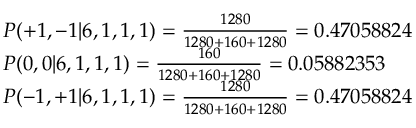
\begin{array} { l l } { P ( + 1 , - 1 | 6 , 1 , 1 , 1 ) = \frac { 1 2 8 0 } { 1 2 8 0 + 1 6 0 + 1 2 8 0 } = 0 . 4 7 0 5 8 8 2 4 } \\ { P ( 0 , 0 | 6 , 1 , 1 , 1 ) = \frac { 1 6 0 } { 1 2 8 0 + 1 6 0 + 1 2 8 0 } = 0 . 0 5 8 8 2 3 5 3 } \\ { P ( - 1 , + 1 | 6 , 1 , 1 , 1 ) = \frac { 1 2 8 0 } { 1 2 8 0 + 1 6 0 + 1 2 8 0 } = 0 . 4 7 0 5 8 8 2 4 } \end{array}